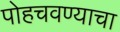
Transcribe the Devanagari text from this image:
पोहचवण्याचा